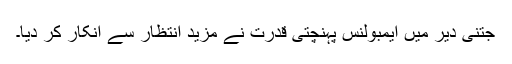
جتنی دیر میں ایمبولنس پہنچتی قدرت نے مزید انتظار سے انکار کر دیا۔